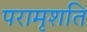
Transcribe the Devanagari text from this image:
परामृशति